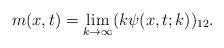
LaTeX: \begin{align*}m(x,t)=\lim_{k \rightarrow \infty} (k\psi (x,t;k))_{12}.\end{align*}